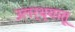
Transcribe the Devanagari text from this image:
उलर्थ्यातू